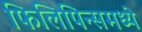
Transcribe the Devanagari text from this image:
फिलिपिन्समध्ये